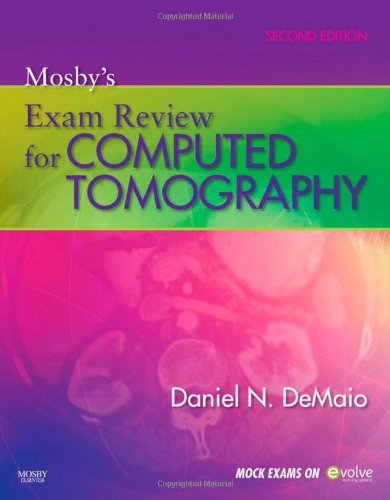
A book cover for Mosby's Exam Review for Computed Tomography, 2e; Daniel N. DeMaio BS  RT(R)(CT); Test Preparation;